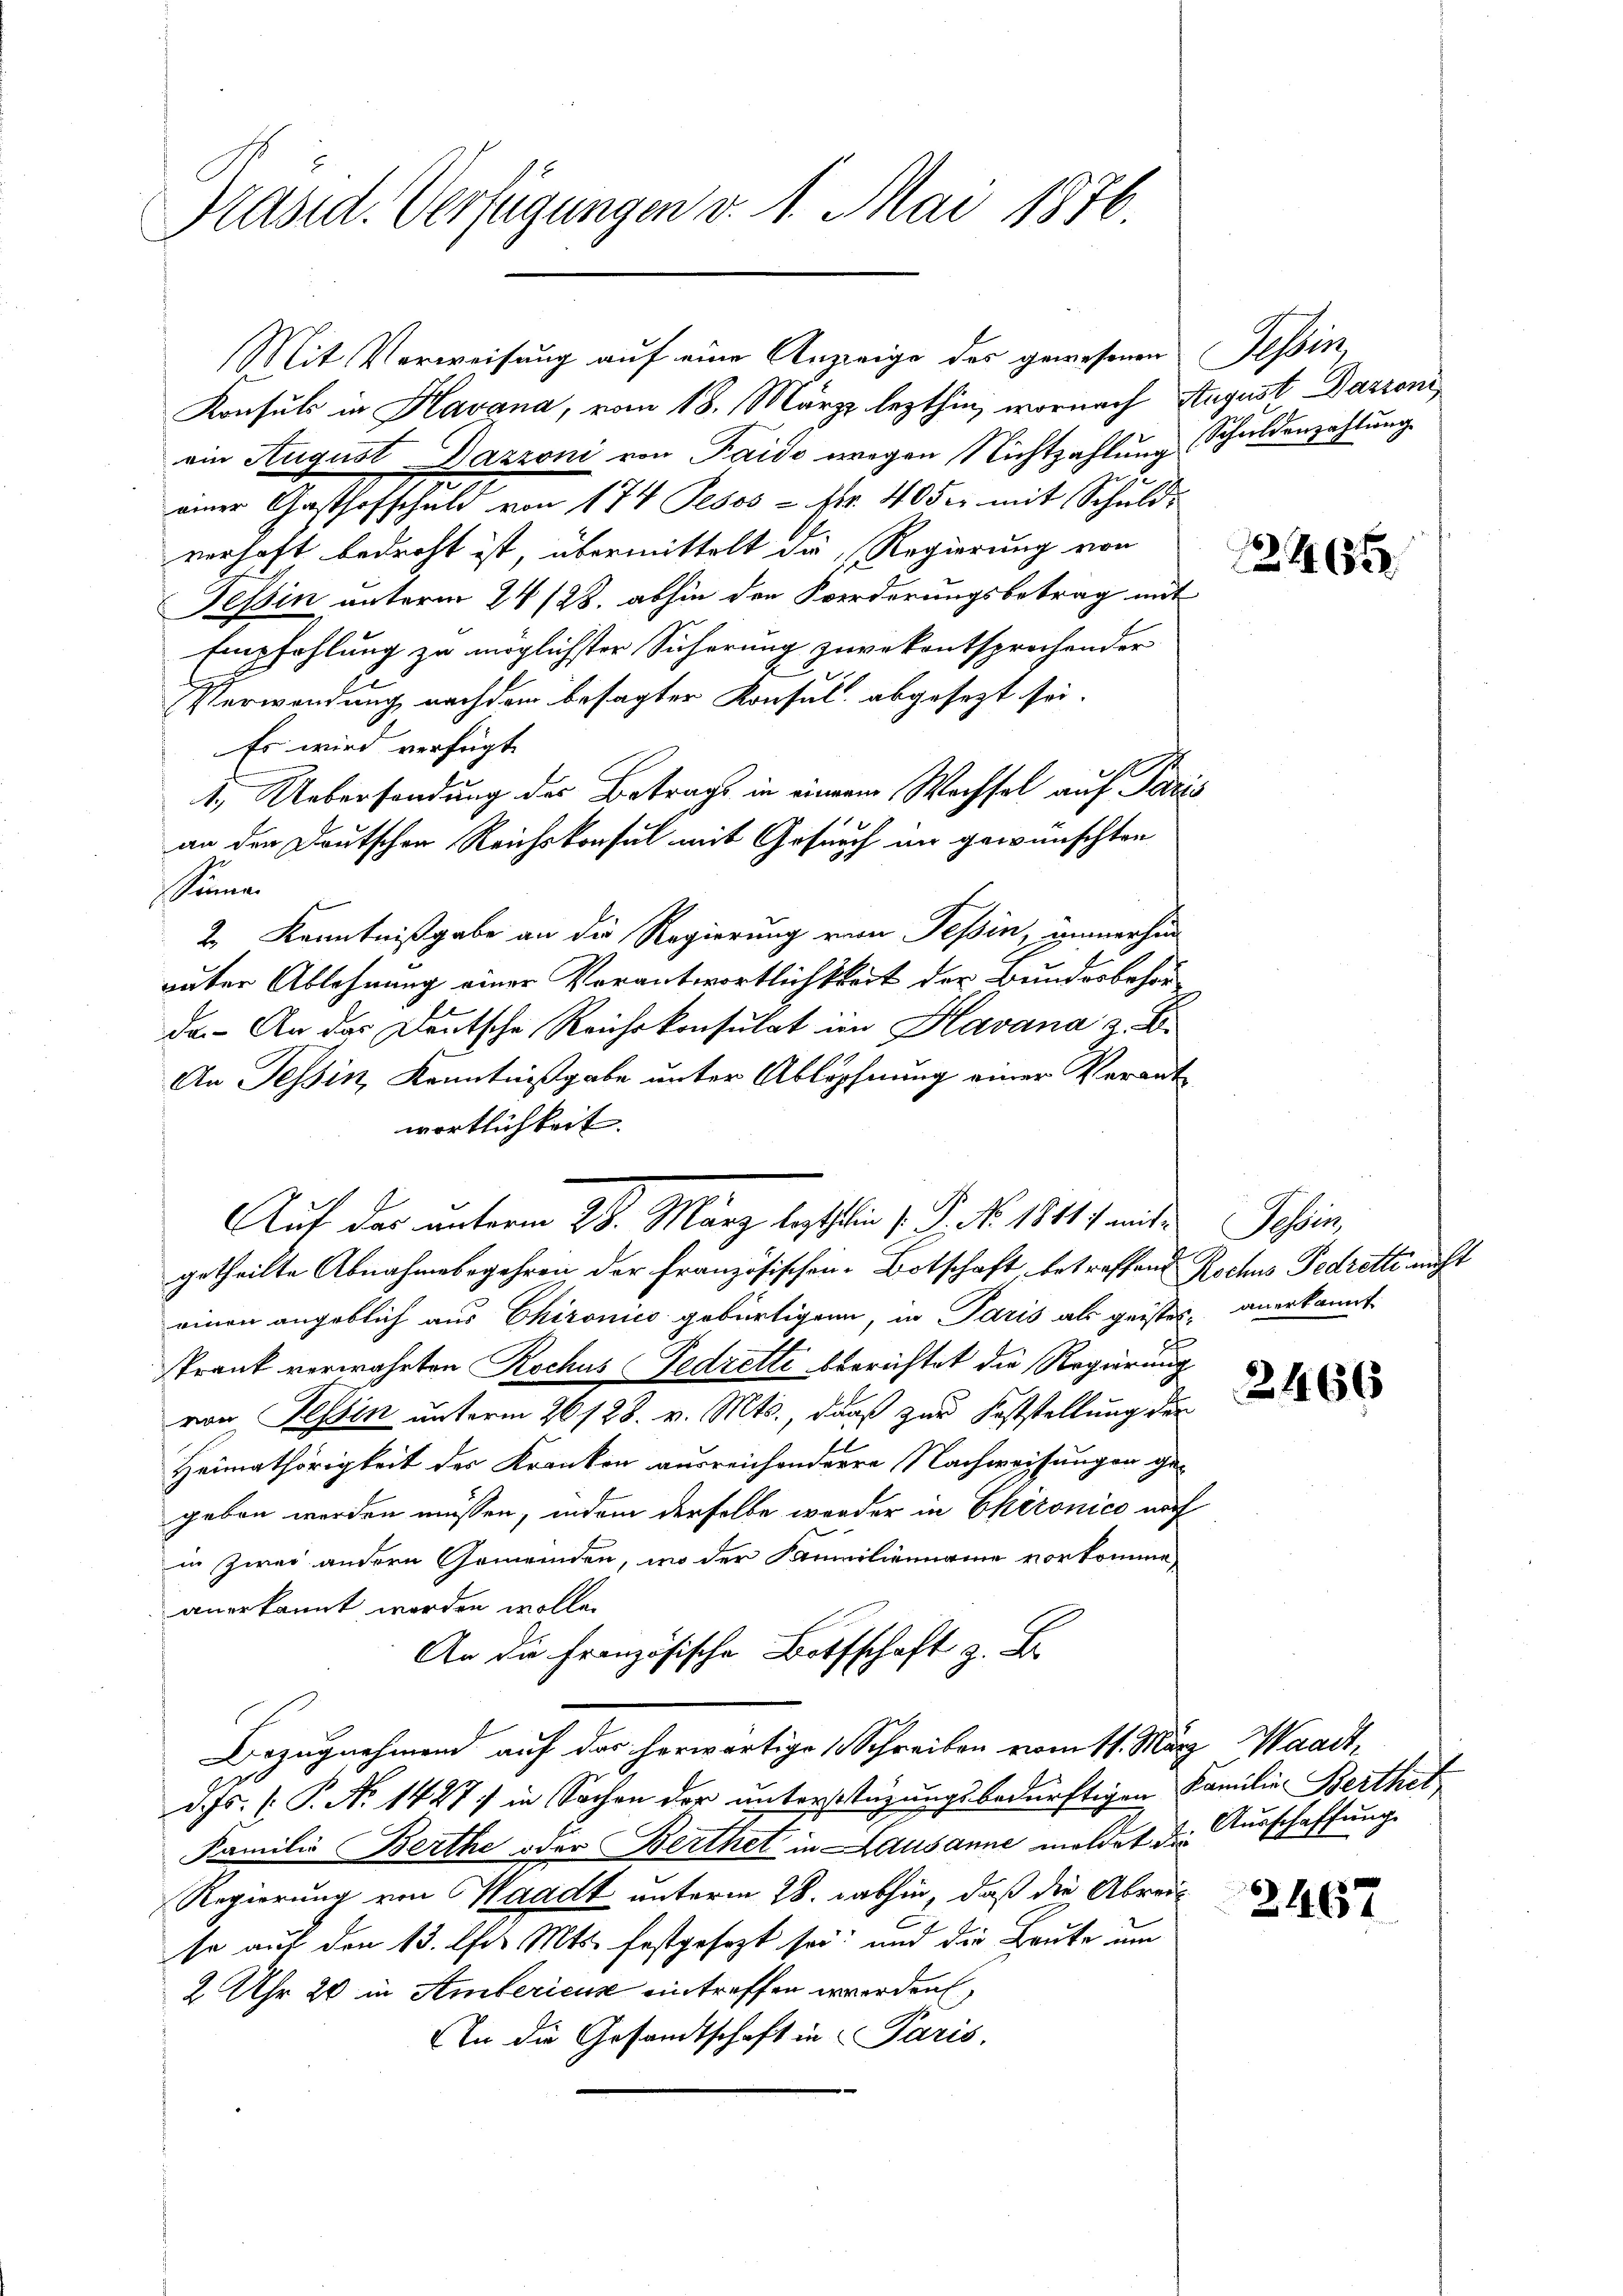
Präsid. Verfügungen v. 1. Mai 1876.

Mit Verweisung auf eine Anzeige des gewesenen Tessin
Konsuls in Havana, vom 18. März lezthin, wornach August Dazioni,
ein August Dazzoni von Paide wegen Nichtzahlung Schuldenzahlung
einer Gasthofschuld von 174 Pesos - Nr. 40 der mit Schuld-
verhaft bedroht ist, übermittelt die Regierung von
Tessin unterm 24 128. abhin den Forderungsbetrag mit
Empfehlung zu möglichster Sicherung zuvekentsprochender
Verwendung nachdem besagter Konsul abgesezt sei.
Es wird verfügt
1. Uebersendung des Betrags in einem Wechsel auf Paris
an den Deutschen Reichskonsul mit Gesuch im gewünschten
n
2. Kenntnißgabe an die Regierung vom Tessin, immerhin
väter Ablehnung einer Vorantwortlichkeit der Bundesbehör
da. An das Deutsche Reichskonsulat im Havana z. B.
An Tessin, Kenntnißgabe unter Ablöpfnung einer Verant
wortlichkeit. |
Auf der unterm 24. März beschlich 1. P. Nr. 1841 f ande Schön,
getheilte Abnahmebegehren der Französischen-Botschaft, betreffend Rochus Fedrette nicht
einen angeblich aus Chironico gebürtigen, in Paris als geistes, anerkannt
Trank verwahrten Rochus Fedrette berichtet die Regierung
von Tessin unterm 26 128. v. Mts., dass zur Feststellung der
1
Heimathörigkeit des Kranken ausreichendere Nachweisungen gegeben werden müssen, indem derselbe wieder in Chironico auch
in Zwei andern Gemeinden, wo der Familienname vorkomme,
anerkannt worden wolle.
An die Französische Bothschaft z. B.
Bezugnehmend auf das herwärtige Schreiben vom 11. März, Waadt,
d. Js. f. P. No 1427) in Sachen der unterstüzungsbedürftigen Familie Berthet
Familie Berthe oder Berthet in Lausanne meldet die Ausschaffung
Regierung von Waadt unterm 28. abhin, daß die Abreise auf den 13. Chr. Mts. festgesezt sei; und die Baute um
2 Uhr 20 in Ambericus eintreffen werden,
An die Gesandtschaft in Paris,

246

2466

2467